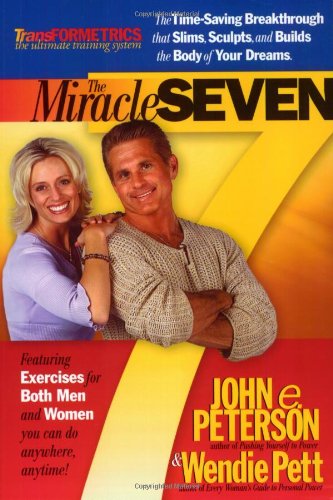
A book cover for The Miracle Seven: 7 Amazing Exercises that Slim, Sculpt, and Build the Body in 20 Minutes a Day; John E. Peterson; Health, Fitness & Dieting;